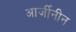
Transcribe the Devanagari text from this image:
आर्जीनीन